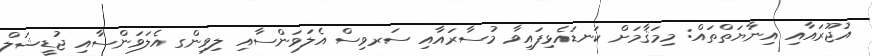
އުޖޫރައާއި އިނާޔަތްތައް: މިމަޤާމަށް ކަނޑައެޅިފައިވާ މުސާރައާއި ސަރވިސް އެލަވަންސާއި ލިވިންގ އެލަވަންސާއި ޖުޑީޝަލް